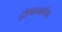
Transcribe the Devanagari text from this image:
द्रोणाचार्यचा